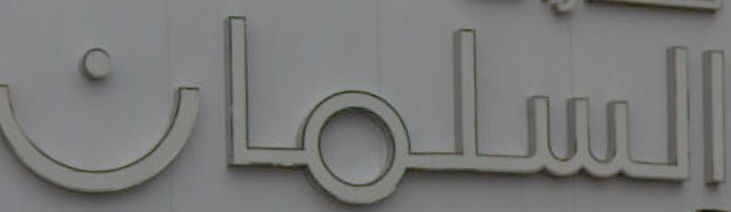
السلمان